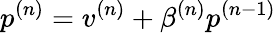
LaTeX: p^{(n)}=v^{(n)}+\beta^{(n)}p^{(n-1)}